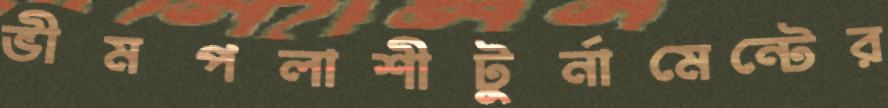
ভীমপলাশীটুর্নামেন্টের